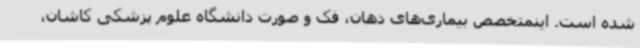
شده است. اینمتخصص بیماری‌های دهان، فک و صورت دانشگاه علوم پزشکی کاشان،